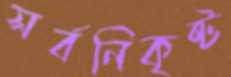
সর্বনিকৃষ্ট